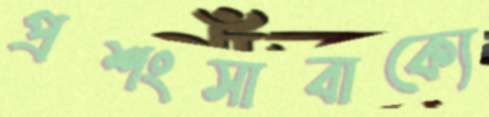
প্রশংসাবাক্যে